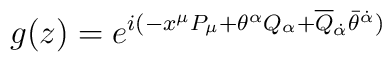
g(z)=e^{i(-x^{\mu }P_{\mu }+\theta ^{\alpha }Q_{\alpha}+\overline{Q}_{\dot{\alpha}}\bar{\theta}^{\dot{\alpha}})}